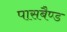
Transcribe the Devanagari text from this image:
पासबैण्ड